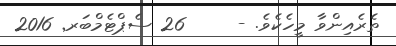
ތެރެއިންވާ މީހެކެވެ. -     26 ސެޕްޓެމްބަރ